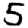
Digit: 5